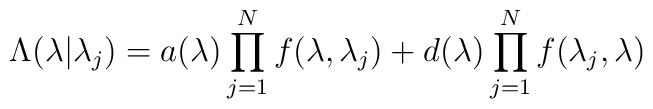
\Lambda(\lambda|{\lambda_j}) =   a(\lambda) \prod_{j=1}^N f(\lambda,\lambda_j)   + d(\lambda) \prod_{j=1}^N f(\lambda_j,\lambda)